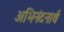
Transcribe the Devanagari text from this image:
अभिनंदनार्थ